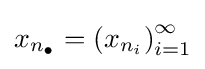
x_{n_{\bullet }}=\left(x_{n_{i}}\right)_{i=1}^{\infty }